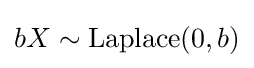
bX\sim {\textrm {Laplace}}(0,b)